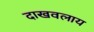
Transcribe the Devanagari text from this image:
दाखवलाय